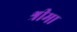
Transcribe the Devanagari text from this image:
श्रीमा